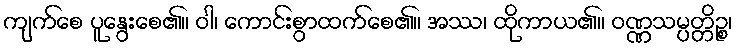
ကျက်စေ ပူနွေးစေ၏။ ဝါ၊ ကောင်းစွာထက်စေ၏။ အဿ၊ ထိုကာယ၏။ ဝဏ္ဏသမ္ပတ္တိဉ္စ၊